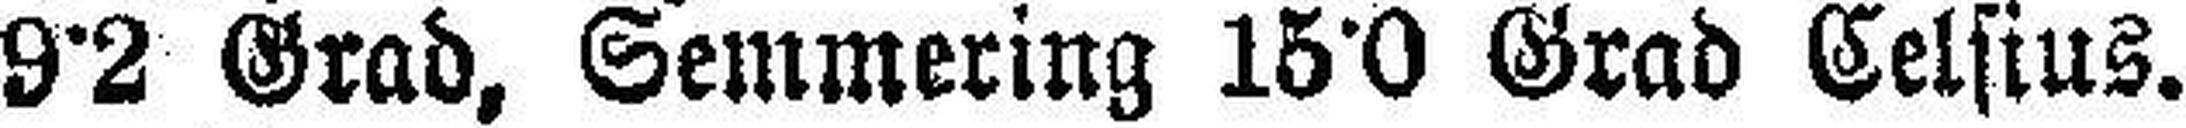
9°2 Grad, Semmering 15°0 Grad Celsius.